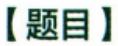
【题目】